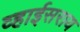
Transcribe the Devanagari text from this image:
व्हाईसराय